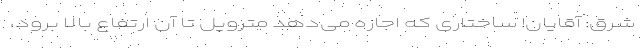
شرق: آقایان! ساختاری که اجازه می‌دهد متروپل تا آن ارتفاع بالا برود،